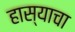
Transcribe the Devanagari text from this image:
हास्याचा